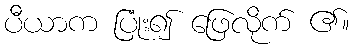
ပီယာက ပြုံး၍ ဖြေလိုက် ၏။